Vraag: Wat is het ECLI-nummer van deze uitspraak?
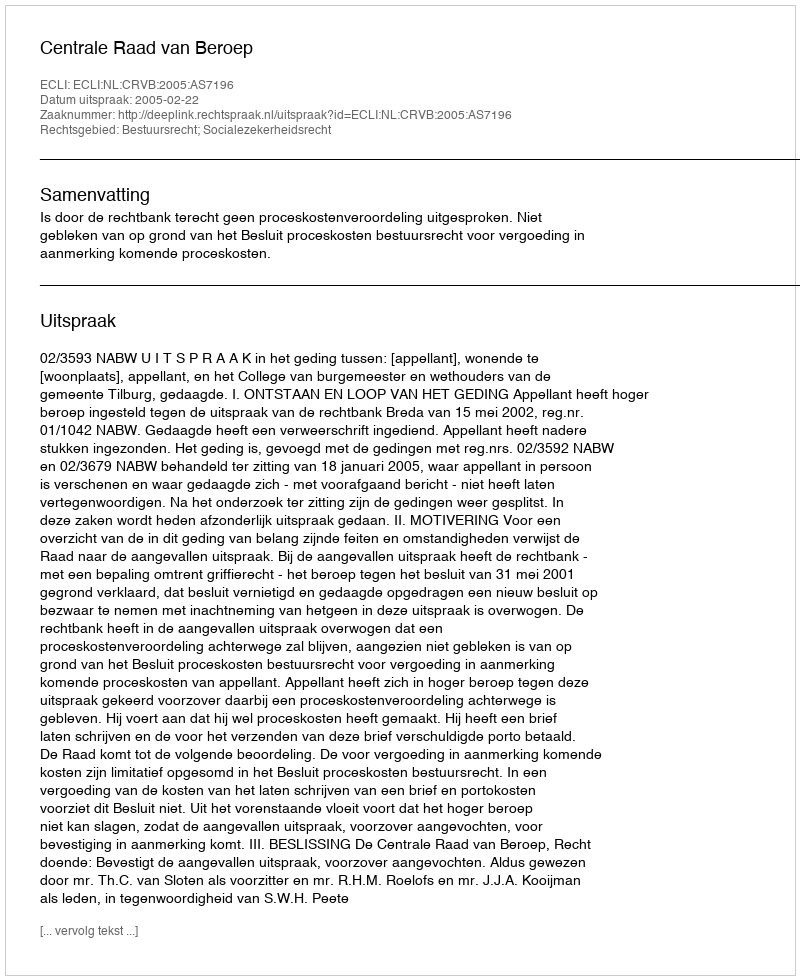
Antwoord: ECLI:NL:CRVB:2005:AS7196